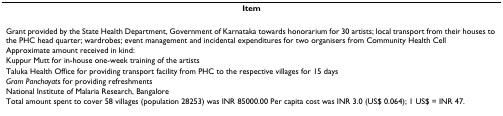
| Item |
 | --- |
 | Grant provided by the State Health Department, Government of Karnataka towards honorarium for 30 artists; local transport from their houses to the PHC head quarter; wardrobes; event management and incidental expenditures for two organisers from Community Health Cell |
 | Approximate amount received in kind: |
 | Kuppur Mutt for in-house one-week training of the artists |
 | Taluka Health Office for providing transport facility from PHC to the respective villages for 15 days |
 | Gram Panchayats for providing refreshments |
 | National Institute of Malaria Research, Bangalore |
 | Total amount spent to cover 58 villages (population 28253) was INR 85000.00 Per capita cost was INR 3.0 (US$ 0.064); 1 US$ = INR 47. |